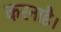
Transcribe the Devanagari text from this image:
करनाहै।